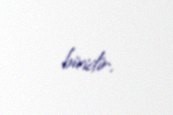
biridir.